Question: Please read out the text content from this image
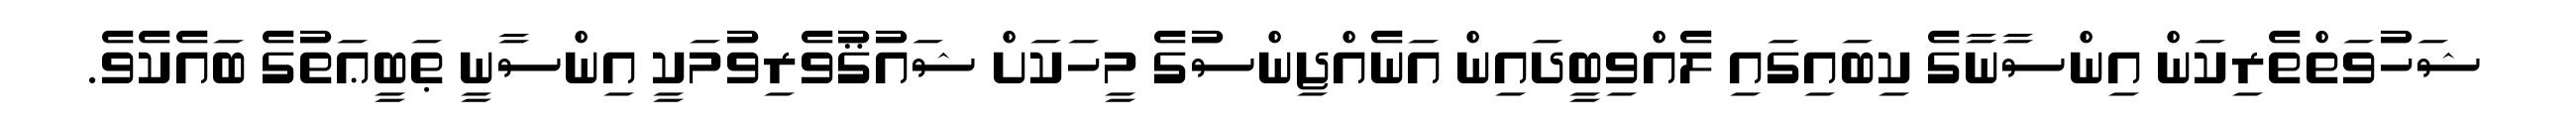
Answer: ޝަހުވަތްތެރިކަން އިންސާނާގެ ކިބައިގައި ލެއްވިބީދައިން އަނެއްޖިންސުގެ މީހަކަށް ޝައުޤުވެރިވުމަކީ އިންސާނީ ޠަބީޢަތުގެ ބައެކެވެ.